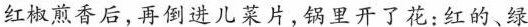
红椒煎香后,再倒进儿菜片,锅里开了花:红的、绿